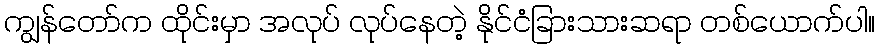
ကျွန်တော်က ထိုင်းမှာ အလုပ် လုပ်နေတဲ့ နိုင်ငံခြားသားဆရာ တစ်ယောက်ပါ။